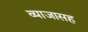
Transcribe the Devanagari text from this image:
व्याजासह